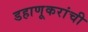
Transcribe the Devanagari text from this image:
डहाणूकरांची